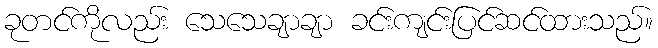
ခုတင်ကိုလည်း သေသေချာချာ ခင်းကျင်းပြင်ဆင်ထားသည်။